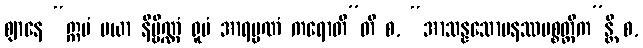
ဈာနေ “ဣမံ မယာ နိဗ္ဗိဏ္ဏံ ရူပံ အာရမ္မဏံ ကရောတီ”တိ စ, “အာသန္နသောမနဿပစ္စတ္ထိက”န္တိ စ,